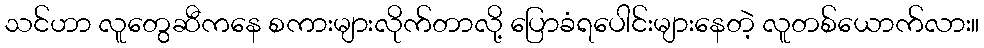
သင်ဟာ လူတွေဆီကနေ စကားများလိုက်တာလို့ ပြောခံရပေါင်းများနေတဲ့ လူတစ်ယောက်လား။